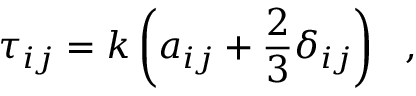
\tau _ { i j } = k \left( a _ { i j } + \frac { 2 } { 3 } \delta _ { i j } \right) \ \mathrm { ~ , ~ }